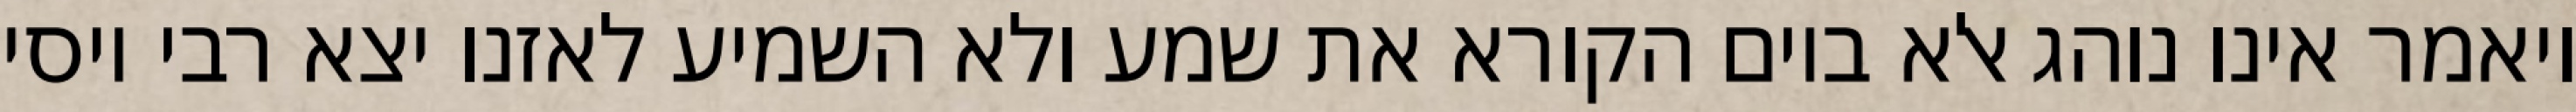
ויאמר אינו נוהג אלא ביום הקורא את שמע ולא השמיע לאזנו יצא רבי יוסי